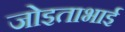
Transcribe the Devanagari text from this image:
जोइताभाई